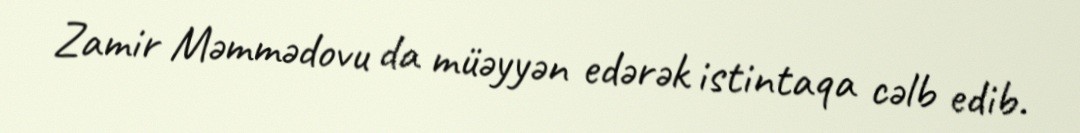
Zamir Məmmədovu da müəyyən edərək istintaqa cəlb edib.